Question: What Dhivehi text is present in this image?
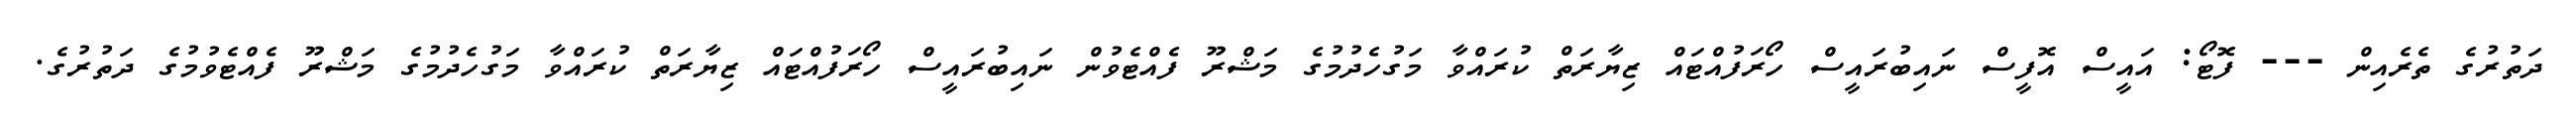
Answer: ދަތުރުގެ ތެރެއިން --- ފޮޓޯ: އައީސް އޮފީސް ނައިބުރައީސް ހޯރަފުއްޓައް ޒިޔާރަތް ކުރައްވާ މަގުހެދުމުގެ މަޝްރޫ ފެއްޓެވުން ނައިބުރައީސް ހޯރަފުއްޓައް ޒިޔާރަތް ކުރައްވާ މަގުހެދުމުގެ މަޝްރޫ ފެއްޓެވުމުގެ ދަތުރުގެ.